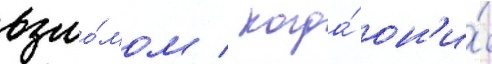
взло́мом / когда́ он'и́